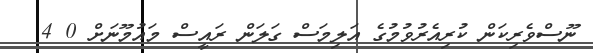
ނޫސްވެރިކަން ކުރިއެރުވުމުގެ އަލިމަސް ގަލަން ރައީސް މައުމޫނަށް 0 4